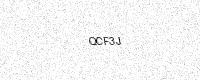
Text: QCF3J